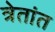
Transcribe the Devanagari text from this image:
त्रेतांत